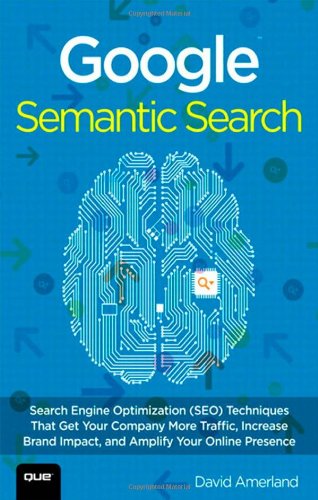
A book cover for Google Semantic Search: Search Engine Optimization (SEO) Techniques That Get Your Company More Traffic, Increase Brand Impact, and Amplify Your Online Presence (Que Biz-Tech); David Amerland; Computers & Technology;